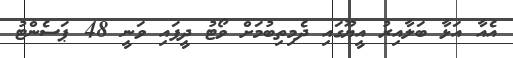
އެއާ އަޅާ ބަލާއިރު އީޔޫގައި ދެމިތިބުމަށް ވޯޓު ދީފައި ވަނީ 48 ޕަސެންޓު